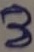
Text: 3